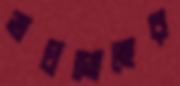
ভদ্রগোছের